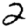
Digit: 2